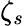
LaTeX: \zeta_{s}